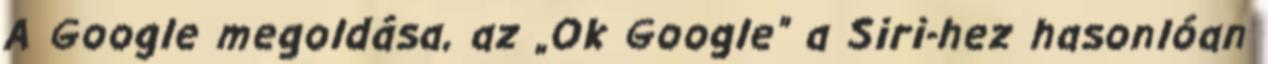
A Google megoldása, az „Ok Google” a Siri-hez hasonlóan